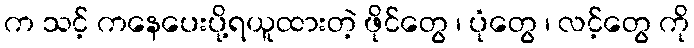
က သင့် ကနေပေးပို့ရယူထားတဲ့ ဖိုင်တွေ ၊ ပုံတွေ ၊ လင့်တွေ ကို